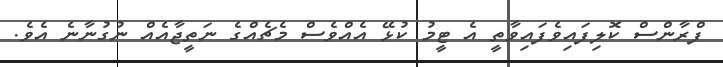
ފްރާންސް ކޮލިފައިވެފައިވާތީ އެ ޓީމު ކުޅޭ އެއްވެސް މެޗެއްގެ ނަތީޖާއެއް ނުގުނާނެ އެވެ.